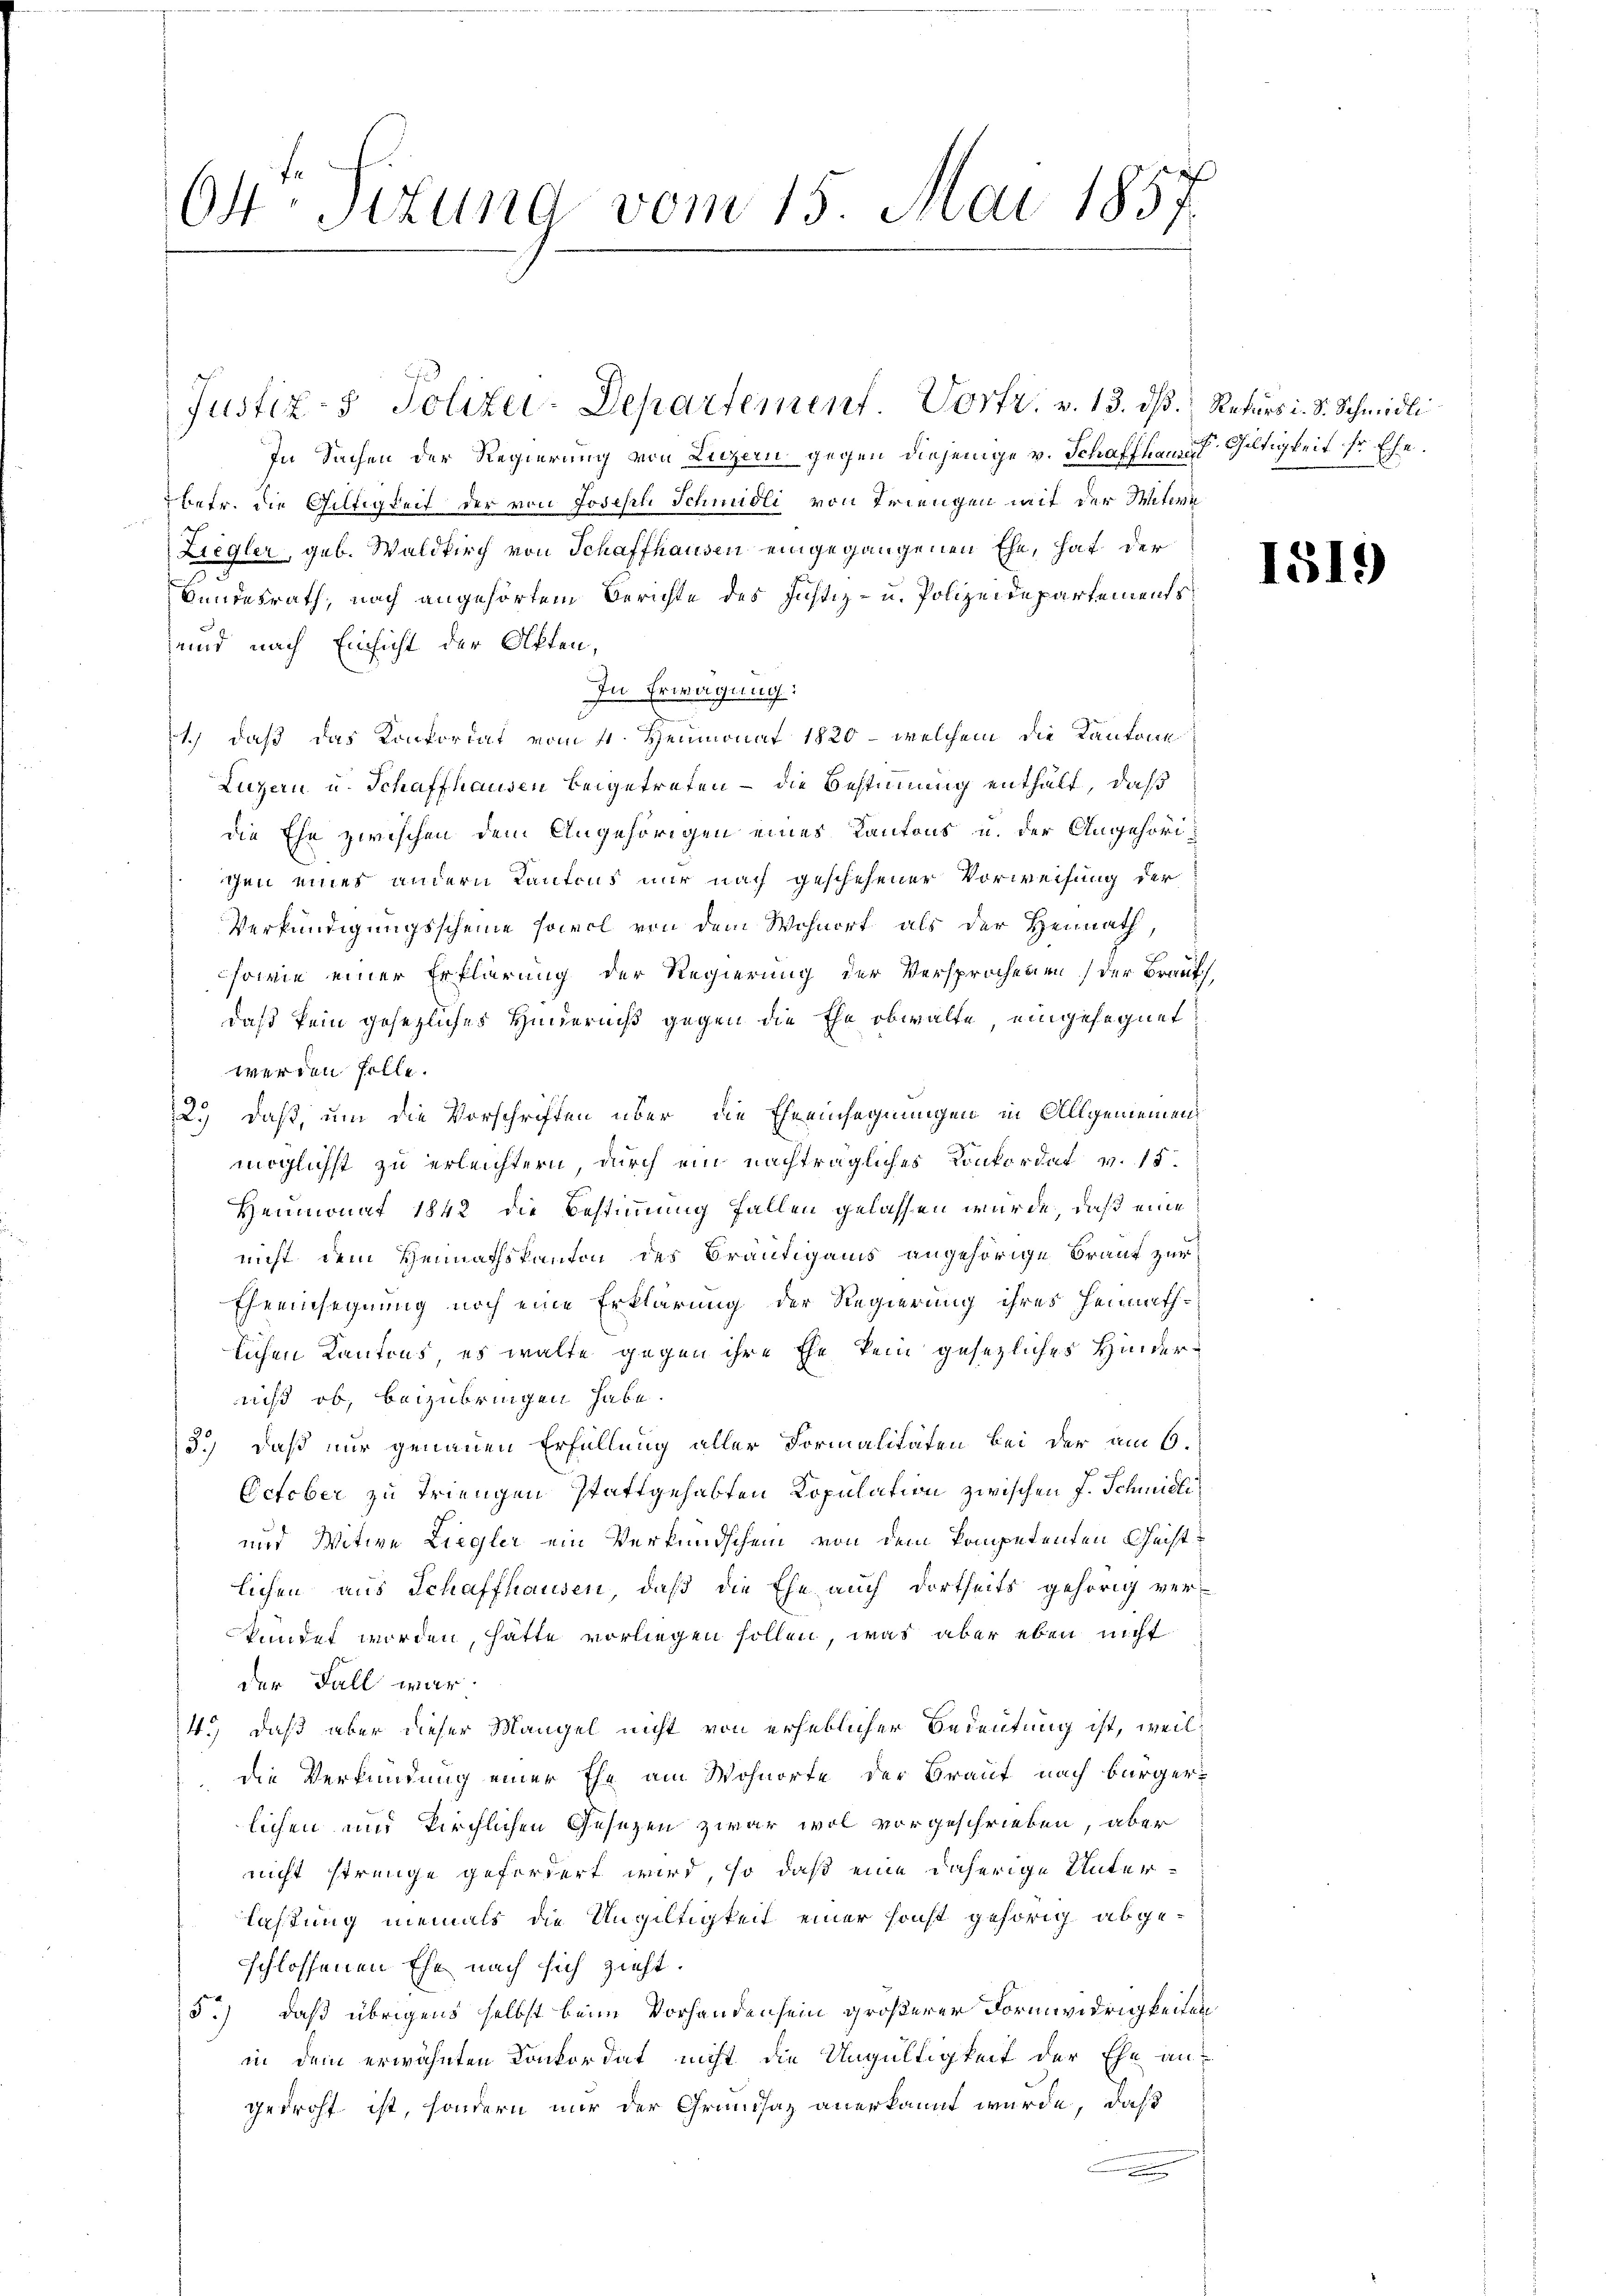
O4. Titung vom 15. Mai 1857

In Sachen der Regierung von Luzern gegen diejenige v. Schaffhause Gültigkeit ihr Ehe
betr. die Gültigkeit der von Josefel Schmidli von Triengen mit der Witwe
darf |
Liegler, geb. Waldkirch von Schaffhausen eingegangenen Ehe, hat der
Bundesrath, nach angehörtem Berichte des Justiz- u. Polizeidepartements
und nach Einsicht der Otten,
In Erwägung:
1.) daß das Konkordat vom 4. Heumonat 1820 - welchem die Kantone
Luzern u. Schaffhausen beigetreten – die Bestimmung enthält, daß
die Ehe zwischen dem Angehörigen eines Kantons u. der Angehörichen eines andern Kantons nur nach geschehener Vorweisung der
Verkündigungsscheine sowol von dem Wohnort als der Heimath,
sowie einer Erklärung der Regierung der Versprochenen der Braut
daß kein gesezliches Hinderniß gegen die Ehe obwalte eingesegnet
werden solle.
2.) daß, um die Vorschriften über die Eheeinsegnungen in Allgemeinen
möglichst zu erleichtern, durch ein nachträgliches Konkordat v. 15.
Heumonat 1842 die Bestimmung fallen gelassen würde, daß eine
nicht dem Heimathskanton des Bräutigams angehörige Braut zur
Eheeinsegnung noch eine Erklärung der Regierung ihres Heimathlichen Kantons, es walte gegen ihre Ehe kein gesetzliches Hindernicht ob, beizubringen habe.
3.) daß nur genauen Erfüllung aller Formalitäten bei der am 6.
Ectober zu Triengen stattgehabten Kopulation zwischen J. Schmidli
und Witwe Liegler ein Verkundschein von dem kompetenten Geistlichen aus Schaffhausen, daß die Ehe auch dortseits gehörig ver-
kündet worden, hätte vorliegen sollen, was aber eben nicht
der Fall war.
4.) daß aber dieser Mangel nicht von erheblicher Bedeutung ist, weil
die Verkündung einer Ehe am Wohnorte der Braut nach Bürger-
lichen und kirchlichen Gesezen zwar wol vorgeschrieben, aber
nicht strenge gefordert wird, so daß eine daherige Unterlastung niemals die Ungültigkeit einer sonst gehörig abgeschlossenen Ehe nach sich zieht.
5.) daß übrigens selbst beim Vorhandensein größerer Formwidrigkeiten
in dem erwähnten Konkordat nicht die Ungültigkeit der Ehe an
gedroht ist, sondern nur der Grundsaz anerkannt wurde, daß
e

Justiz- & Polizei-Departement. Vortr. v. 13. ds Rekurs i. S. Schmidli

1519)